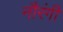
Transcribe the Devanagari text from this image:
नौरंगी